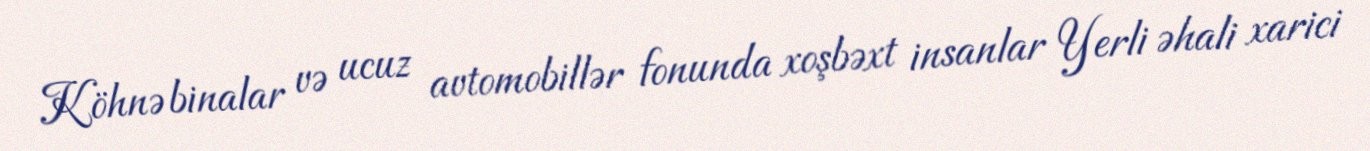
Köhnə binalar və ucuz avtomobillər fonunda xoşbəxt insanlar Yerli əhali xarici